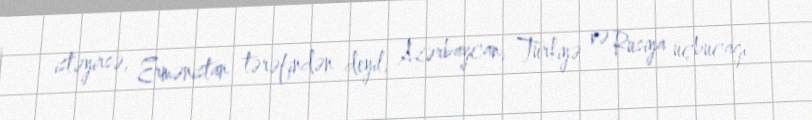
istəyirsə, Ermənistan tərəfindən deyil, Azərbaycan, Türkiyə və Rusiya üçbucağı